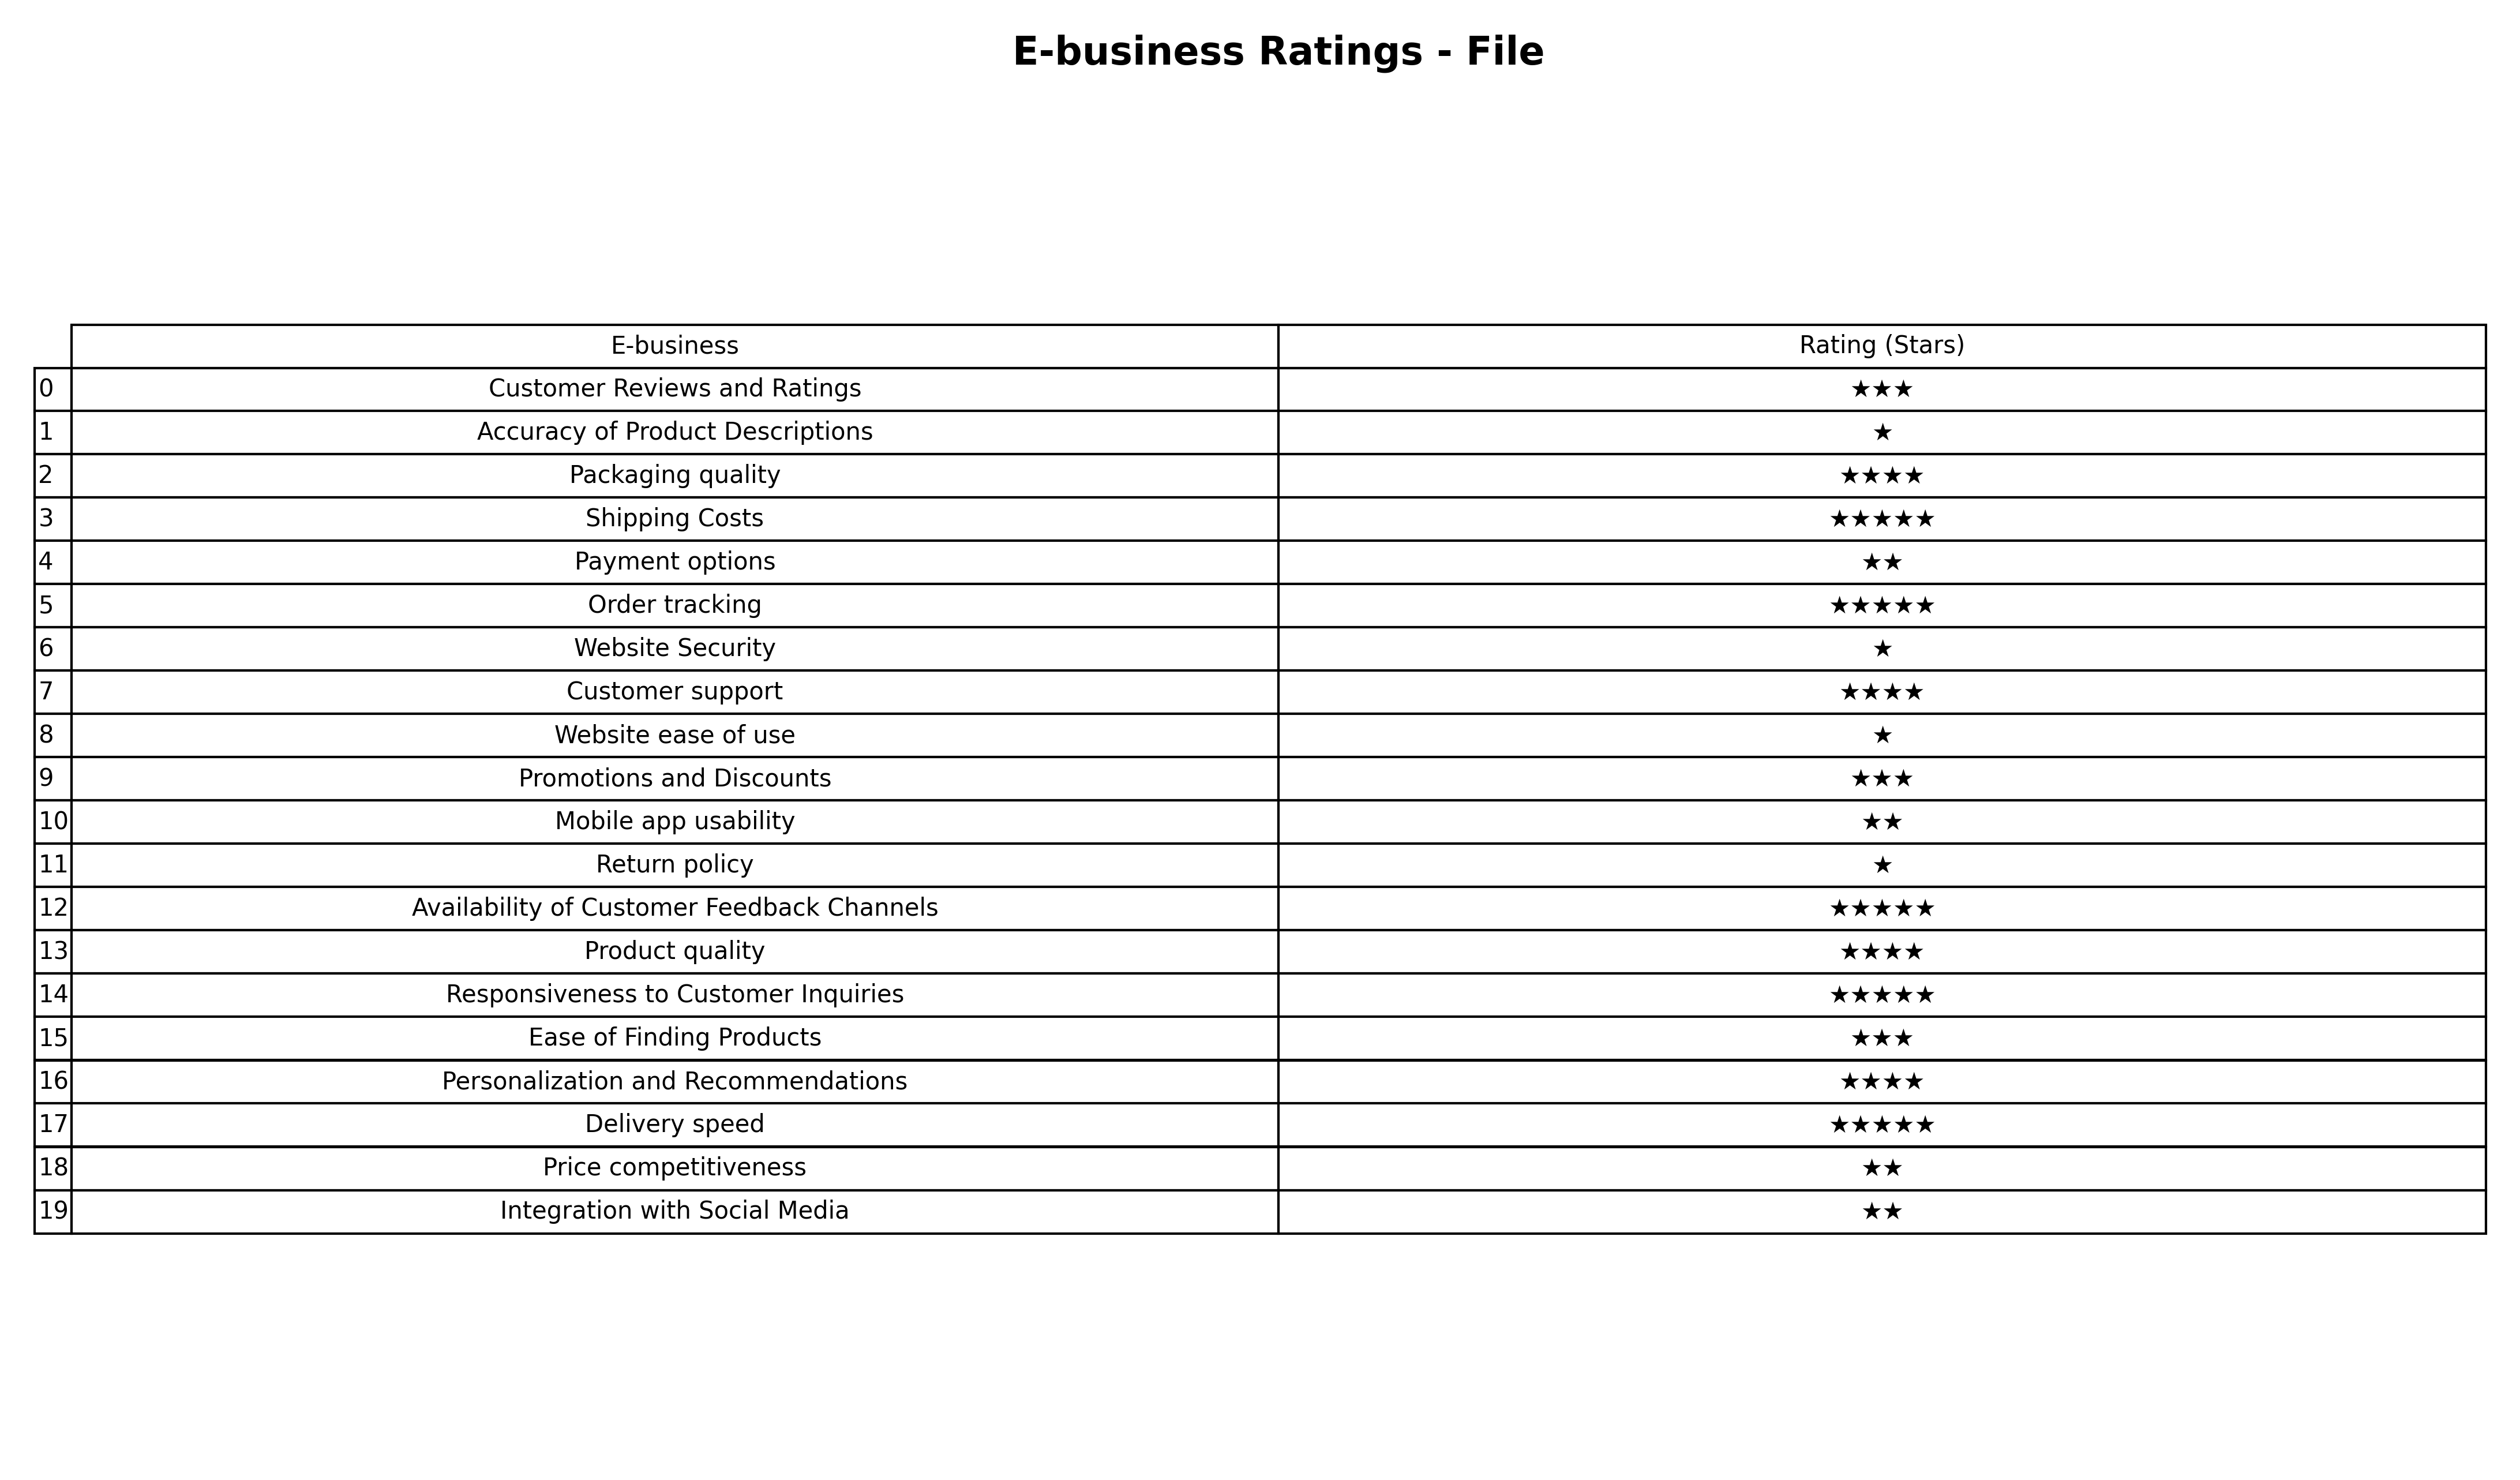
question: What is the rating of Responsiveness to Customer Inquiries?
answer: ★★★★★